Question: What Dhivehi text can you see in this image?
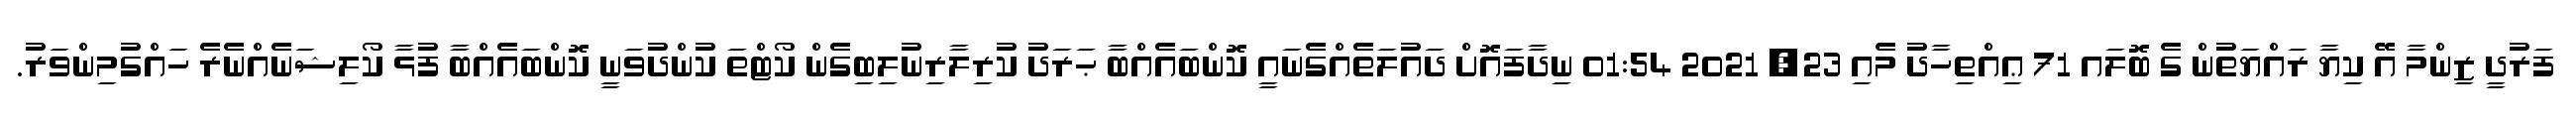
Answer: ފަރުދީ ޒިންމާ އޭ ކިޔާ ރައްޔަތުން ގެ ބޮލައ 71 ޢިއްތިހާދު މެއި 23, 2021 01:54 ނިދާފައޮށް ދައުލަތެއްގެނައީ ކޮންބައެއްބާ ޙަރަދު ކުރިލާރިނުލިބިގެން ކޯޓްތަ ކުންދުވަނީ ކޮންބައެއްބާ ފުޅާ ކޯލިޝަނެއްނެރެ ހައްގުމިންވަރު.